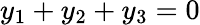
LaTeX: y_{1}+y_{2}+y_{3}=0